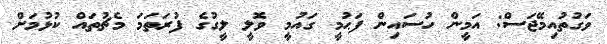
ވަގުތުއިމޭޖަސް: އަމީން ހުސައިން ފަޙުމީ ގައުމީ ވޮލީ ލީގުގެ ފުރަތަމަ މެޗުތައް ކުޅުމަށް